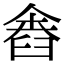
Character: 𦥴